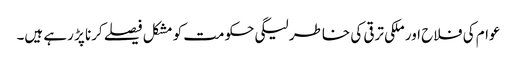
عوام کی فلاح اور ملکی ترقی کی خاطر لیگی حکومت کو مشکل فیصلے کرنا پڑ رہے ہیں۔